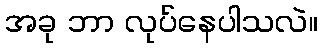
အခု ဘာ လုပ်နေပါသလဲ။